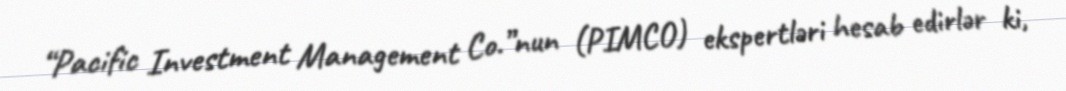
“Pacific Investment Management Co.”nun (PIMCO) ekspertləri hesab edirlər ki,